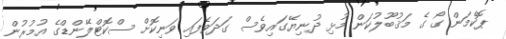
ޕޮކެމަން ގޯ ގެ މަޤުބޫލުކަން މުޅި ދުނިޔޭގައިވެސް ގަދަވެފައި ވަނިކޮށް ސްކޮޓްލޭންޑްގެ އުމުރުން